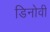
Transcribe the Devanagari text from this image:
डिनोवी